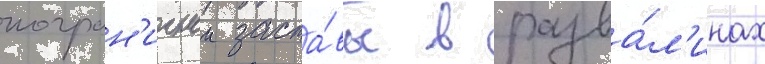
погран'ичнои заста́вы в разва́л'инах